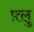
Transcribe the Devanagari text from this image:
फ़्लु